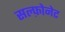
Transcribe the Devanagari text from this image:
सल्फ़ोनेट